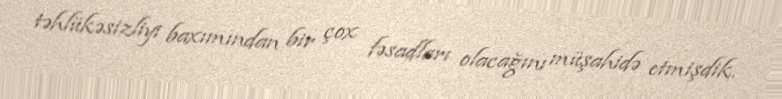
təhlükəsizliyi baxımından bir çox fəsadları olacağını müşahidə etmişdik.